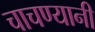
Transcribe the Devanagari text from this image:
चाचण्यानी